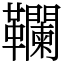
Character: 䪍